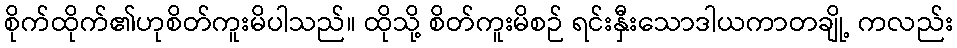
စိုက်ထိုက်၏ဟုစိတ်ကူးမိပါသည်။ ထိုသို့ စိတ်ကူးမိစဉ် ရင်းနှီးသောဒါယကာတချို့ ကလည်း